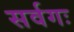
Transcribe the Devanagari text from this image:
सर्वगः